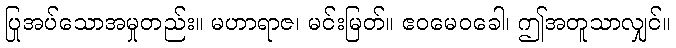
ပြုအပ်သောအမှုတည်း။ မဟာရာဇ၊ မင်းမြတ်။ ဧဝမေဝခေါ၊ ဤအတူသာလျှင်။